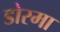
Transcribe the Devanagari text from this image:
डोरमा